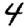
Digit: 4